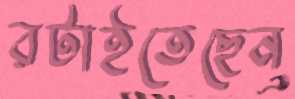
রটাইতেছেন